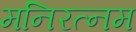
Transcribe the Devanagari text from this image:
मनिरत्नम